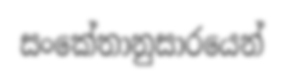
සංකේතානුසාරයෙන්